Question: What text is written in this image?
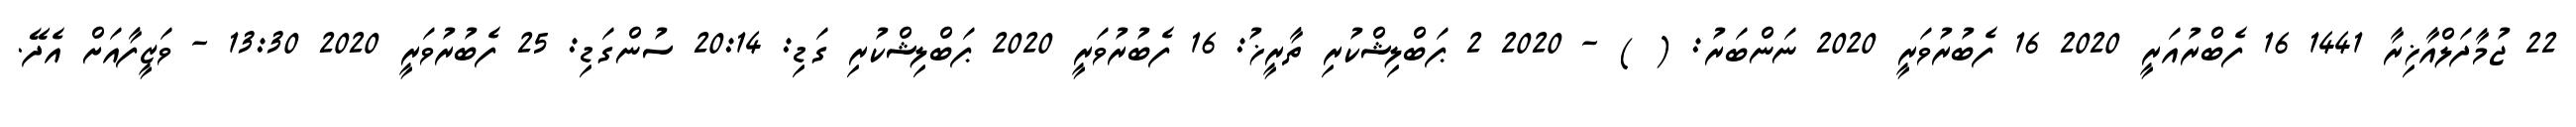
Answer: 22 ޖުމާދަލްއާޚިރާ 1441 16 ފެބްރުއަރީ 2020 16 ފެބުރުވަރީ 2020 ނަންބަރު: ( ) - 2020 2 ޕަބްލިޝްކުރި ތާރީޚު: 16 ފެބުރުވަރީ 2020 ޕަބްލިޝްކުރި ގަޑި: 20:14 ސުންގަޑި: 25 ފެބުރުވަރީ 2020 13:30 - ވަޒީފާއަށް އެދޭ.